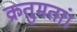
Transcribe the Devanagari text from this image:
क्रतुमतां।